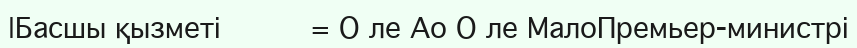
|Басшы қызметі          = О ле Ао О ле МалоПремьер-министрі